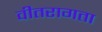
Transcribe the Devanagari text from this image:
वीतरागता